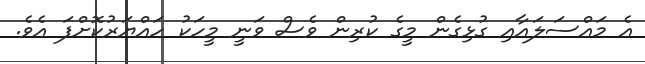
އެ މައްސަލައާއި ގުޅިގެން މީގެ ކުރިން ވެސް ވަނީ މީހަކު ހައްޔަރުކޮށްފަ އެވެ.